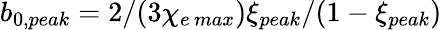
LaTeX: b_{0,peak}=2/(3\chi_{e\, max})\xi_{peak}/(1-\xi_{peak})